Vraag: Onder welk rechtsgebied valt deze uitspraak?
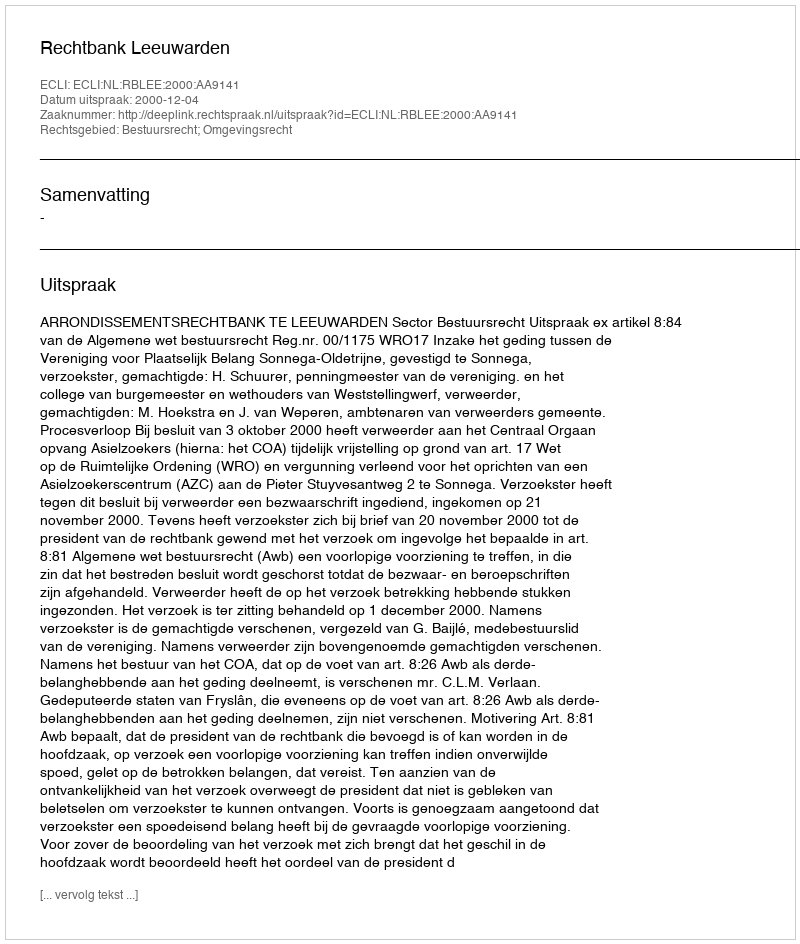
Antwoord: Bestuursrecht; Omgevingsrecht